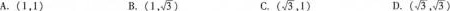
A.(1，1) B. (1, \sqrt{3}) C.(\sqrt{3},1) D.( \sqrt{3}, \sqrt{3})